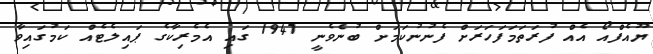
ޔޫއެފްއޯ އެއް ފުރަތަމަފަހަރަށް ފެނުނުކަމަށް ބުނެވެނީ 1947 ގައި އެމެރިކާގެ ޕައިލެޓެއް ކަމުގައިވާ